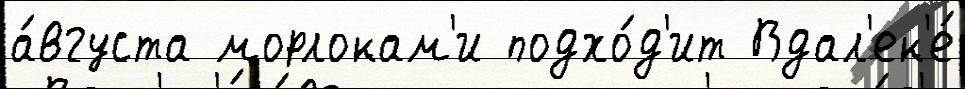
а́вгуста морлокам'и подхо́д'ит Вдал'ек'е́